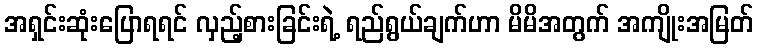
အရှင်းဆုံးပြောရရင် လှည့်စားခြင်းရဲ့ ရည်ရွယ်ချက်ဟာ မိမိအတွက် အကျိုးအမြတ်